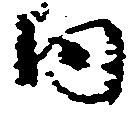
内